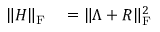
\begin{array} { r l } { \| H \| _ { \mathrm { F } } } & { { } = \| \Lambda + R \| _ { \mathrm { F } } ^ { 2 } } \end{array}